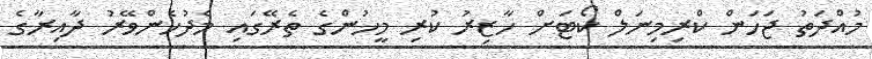
މުއްދަތު ޖަހަން ކްރިމިނަލް ކޯޓަށް ހާޒިރު ކުރި މީހުންގެ ތެރޭގައި މެދުހެންވޭރު ދާއިރާގެ